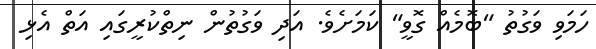
ހަމަވި ވަގުތު "ބޮމެއް ގޮވީ" ކަމަށެވެ. އަދި ވަގުތުން ނިތްކުރީގައި އަތް އެޅި